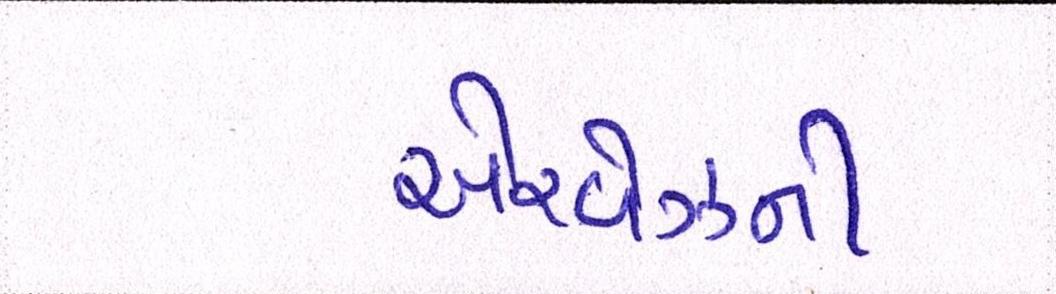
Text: એરવેઝની